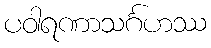
ပဝါရဏာသင်္ဂဟဿ